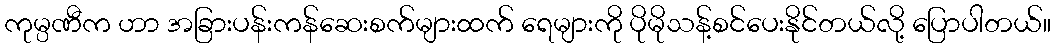
ကုမ္ပဏီက ဟာ အခြားပန်းကန်ဆေးစက်များထက် ရေများကို ပိုမိုသန့်စင်ပေးနိုင်တယ်လို့ ပြောပါတယ်။